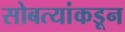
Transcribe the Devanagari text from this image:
सोबत्यांकडून